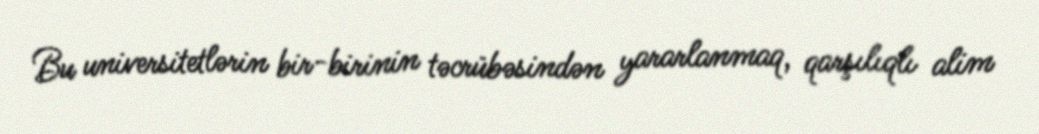
Bu universitetlərin bir-birinin təcrübəsindən yararlanmaq, qarşılıqlı alim